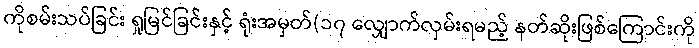
ကိုစမ်းသပ်ခြင်း ရှုမြင်ခြင်းနှင့် ရုံးအမှတ်(၁၇ လျှောက်လှမ်းရမည့် နတ်ဆိုးဖြစ်ကြောင်းကို